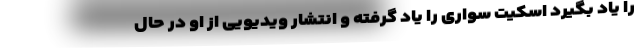
را یاد بگیرد اسکیت سواری را یاد گرفته و انتشار ویدیویی از او در حال